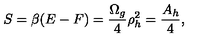
S = \beta ( E - F ) = { \frac { \Omega _ { g } } { 4 } } \rho _ { h } ^ { 2 } = { \frac { A _ { h } } { 4 } } ,